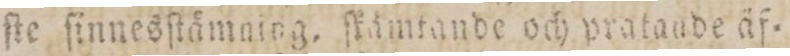
ſte ſinnesſtämning, ſkämtande och pratande äf=